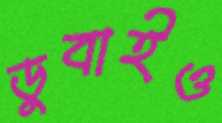
ডুবাইও